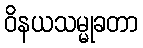
ဝိနယသမ္မုခတာ